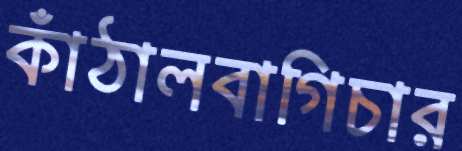
কাঁঠালবাগিচার